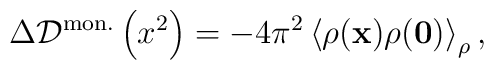
\Delta{\cal D}^{\rm mon.}\left(x^2\right)=-4\pi^2\left<\rho({\bf x})\rho({\bf 0})\right>_\rho,